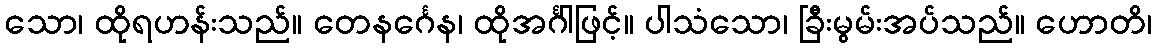
သော၊ ထိုရဟန်းသည်။ တေနင်္ဂေန၊ ထိုအင်္ဂါဖြင့်။ ပါသံသော၊ ခြီးမွမ်းအပ်သည်။ ဟောတိ၊